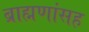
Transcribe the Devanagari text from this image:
ब्राह्मणांसह